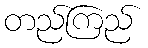
တည်ကြည်